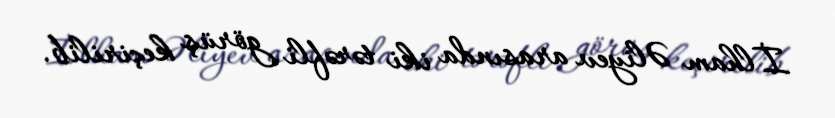
İlham Əliyev arasında iki tərəfli görüş keçirilib.